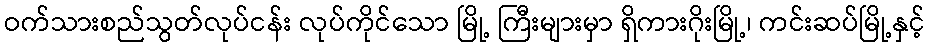
ဝက်သားစည်သွတ်လုပ်ငန်း လုပ်ကိုင်သော မြို့ ကြီးများမှာ ရှိကားဂိုးမြို့၊ ကင်းဆပ်မြို့နှင့်